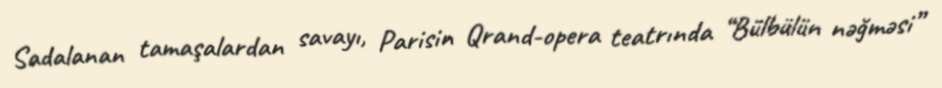
Sadalanan tamaşalardan savayı, Parisin Qrand-opera teatrında “Bülbülün nəğməsi”